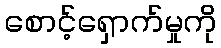
စောင့်ရှောက်မှုကို